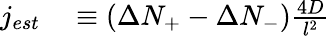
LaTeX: \begin{array}{rl}{j_{est}}&{{}\equiv(\Delta N_{+}-\Delta N_{-})\frac{4D}{l^{2}}}\end{array}